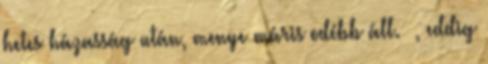
hetes házasság után, menye máris odébb áll. İ, eddig